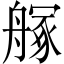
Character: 𦪃